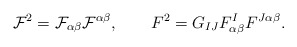
\begin{align*}{\cal F}^{2} = {\cal F}_{\alpha\beta}{\cal F}^{\alpha\beta},\qquad F^{2}=G_{IJ}F_{\alpha \beta }^{I}F^{J\alpha \beta }.\end{align*}